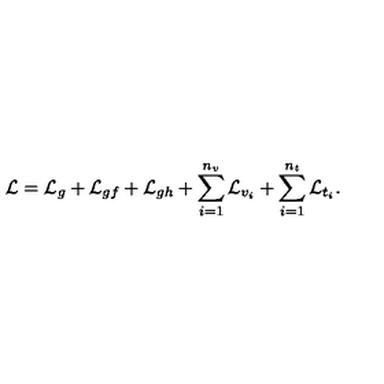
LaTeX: { \cal L } = { \cal L } _ { g } + { \cal L } _ { g f } + { \cal L } _ { g h } + \sum _ { i = 1 } ^ { n _ { v } } { \cal L } _ { v _ { i } } + \sum _ { i = 1 } ^ { n _ { t } } { \cal L } _ { t _ { i } } .